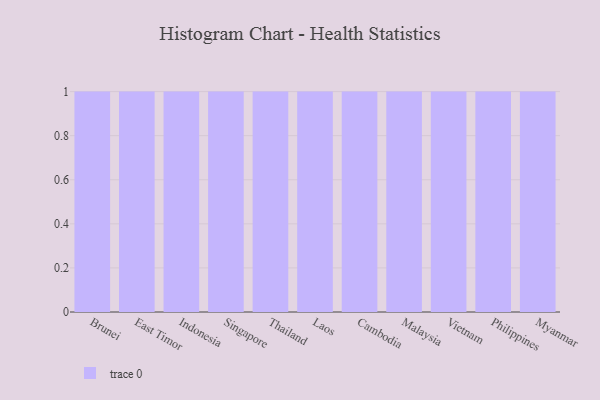
{"axis": {"x": "Country", "y": "Temperature (°C)"}, "legend": [""], "data": [{"x": "Brunei", "y": 89, "type": ""}, {"x": "East Timor", "y": 100, "type": ""}, {"x": "Indonesia", "y": 89, "type": ""}, {"x": "Singapore", "y": 2, "type": ""}, {"x": "Thailand", "y": 83, "type": ""}, {"x": "Laos", "y": 26, "type": ""}, {"x": "Cambodia", "y": 45, "type": ""}, {"x": "Malaysia", "y": 93, "type": ""}, {"x": "Vietnam", "y": 80, "type": ""}, {"x": "Philippines", "y": 8, "type": ""}, {"x": "Myanmar", "y": 53, "type": ""}]}